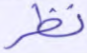
نظر